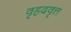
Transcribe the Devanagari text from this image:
वृहदवृत्त